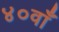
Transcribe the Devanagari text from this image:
४०वाँ